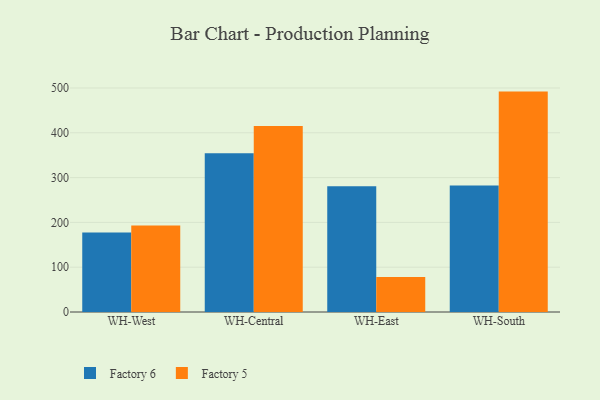
{"axis": {"x": "Warehouse", "y": "Conversion Rate (%)"}, "legend": ["Factory 5", "Factory 6"], "data": [{"x": "WH-West", "y": 177.4, "type": "Factory 6"}, {"x": "WH-West", "y": 193.3, "type": "Factory 5"}, {"x": "WH-Central", "y": 354.1, "type": "Factory 6"}, {"x": "WH-Central", "y": 415.3, "type": "Factory 5"}, {"x": "WH-East", "y": 280.5, "type": "Factory 6"}, {"x": "WH-East", "y": 77.9, "type": "Factory 5"}, {"x": "WH-South", "y": 282.4, "type": "Factory 6"}, {"x": "WH-South", "y": 491.9, "type": "Factory 5"}]}